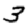
Digit: 3